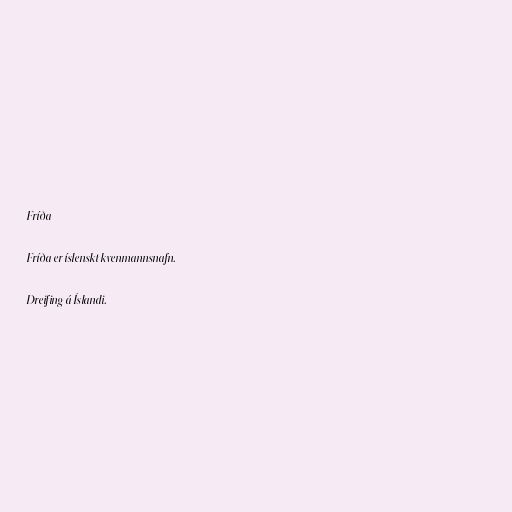
Fríða

Fríða er íslenskt kvenmannsnafn.

Dreifing á Íslandi.